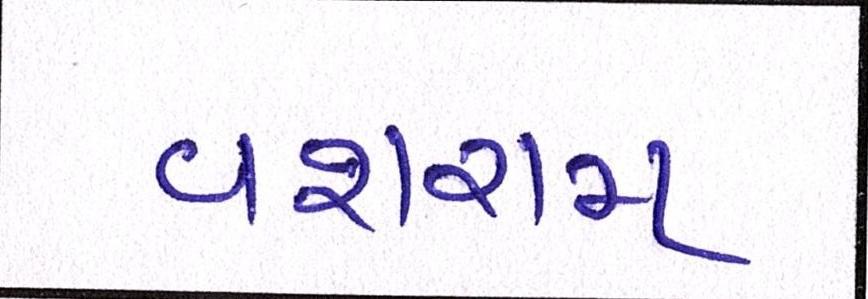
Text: વશરામ